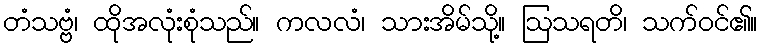
တံသဗ္ဗံ၊ ထိုအလုံးစုံသည်။ ကလလံ၊ သားအိမ်သို့။ ဩသရတိ၊ သက်ဝင်၏။